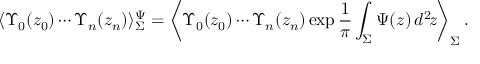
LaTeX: \langle \Upsilon _ { 0 } ( z _ { 0 } ) \cdots \Upsilon _ { n } ( z _ { n } ) \rangle _ { \Sigma } ^ { \Psi } = \left\langle \Upsilon _ { 0 } ( z _ { 0 } ) \cdots \Upsilon _ { n } ( z _ { n } ) \exp \frac { 1 } { \pi } \int _ { \Sigma } \Psi ( z ) \, d ^ { 2 } \! z \right\rangle _ { \Sigma } .